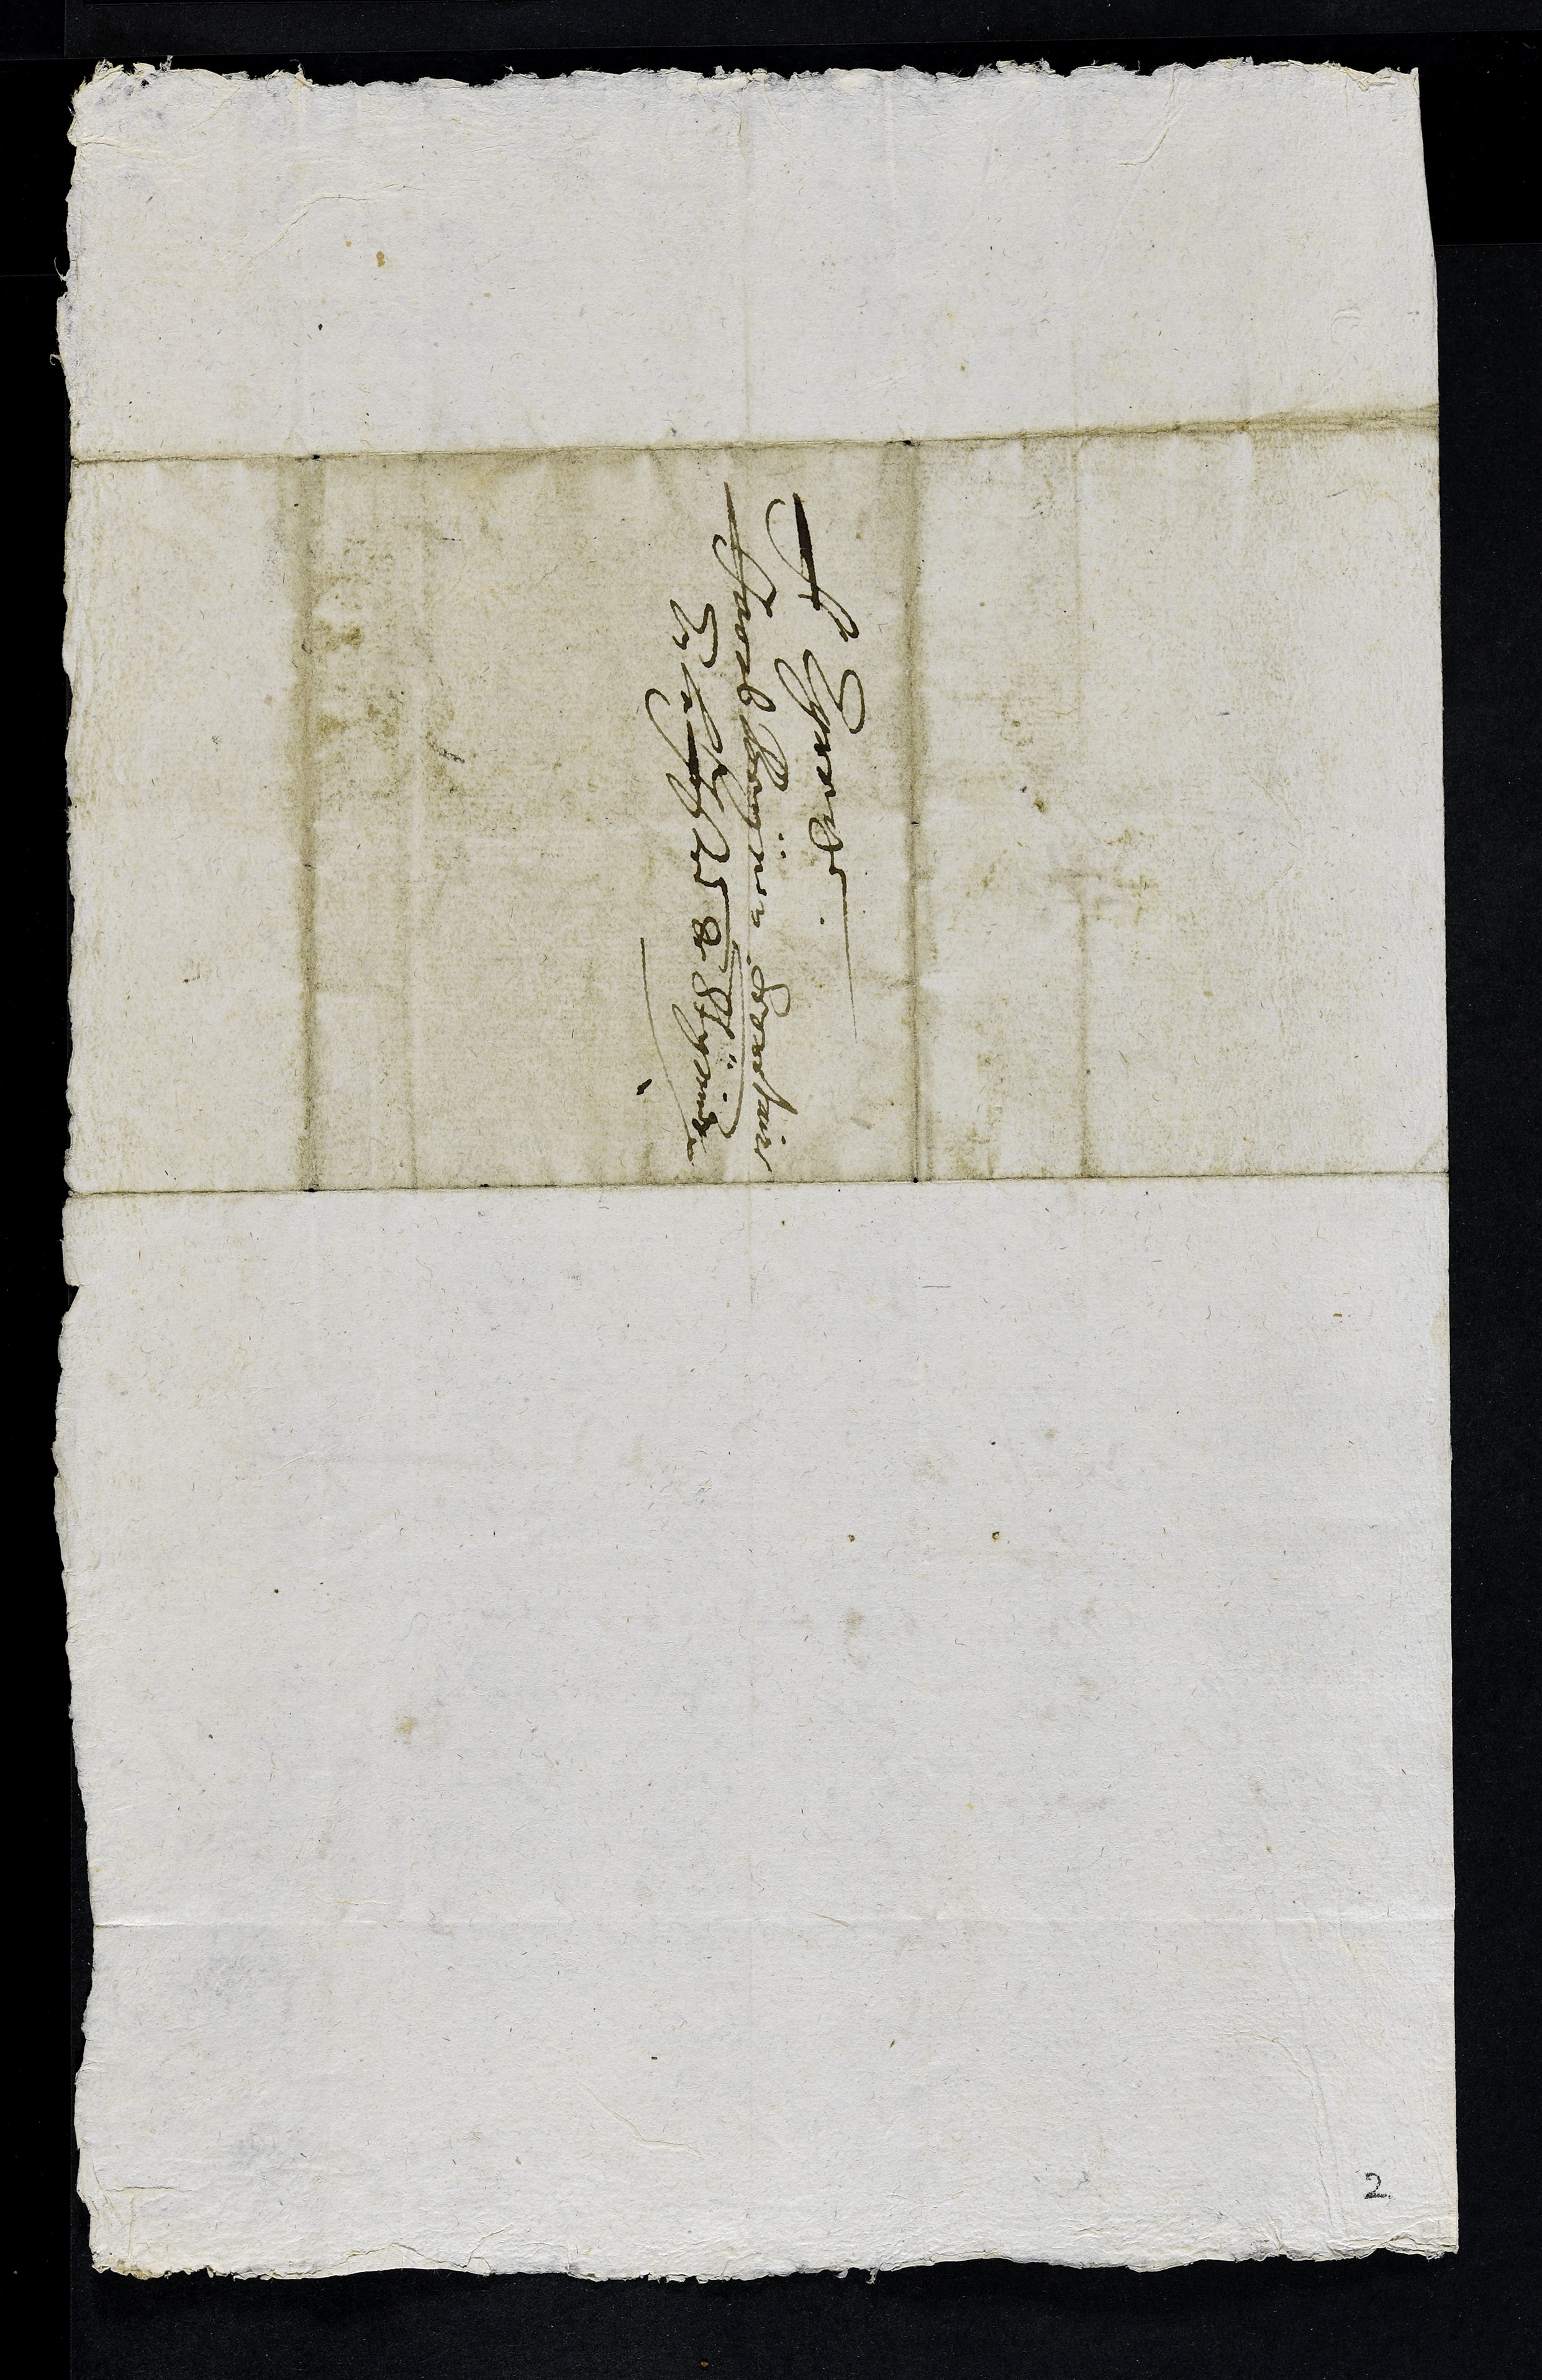
A Egrege
Jacob Beynon Secretaire
En la Justice de St ymier
2